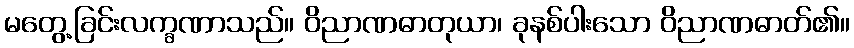
မတွေ့ခြင်းလက္ခဏာသည်။ ဝိညာဏဓာတုယာ၊ ခုနစ်ပါးသော ဝိညာဏဓာတ်၏။